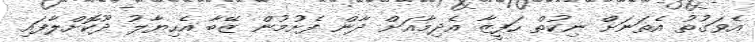
އެވަގުތު އެތަނަށް ނިކުތް ހަފީޒާ އެދިމާއަށް ދާން ފެށުމުން ޒޭބާ އެހިޔާލު ދޫކޮށްލާފައި